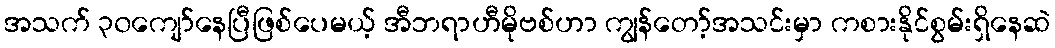
အသက် ၃၀ကျော်နေပြီဖြစ်ပေမယ့် အီဘရာဟီမိုဗစ်ဟာ ကျွန်တော့်အသင်းမှာ ကစားနိုင်စွမ်းရှိနေဆဲ